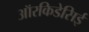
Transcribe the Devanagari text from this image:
ऑरकिडेसिई